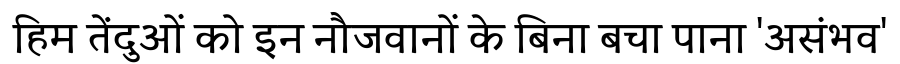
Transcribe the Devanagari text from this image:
हिम तेंदुओं को इन नौजवानों के बिना बचा पाना 'असंभव'